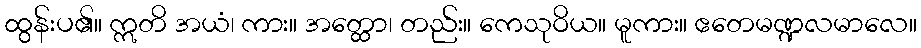
ထွန်းပ၏။ ဣတိ အယံ၊ ကား။ အတ္ထော၊ တည်း။ ကေသုဝိယ။ မူကား။ ဧတေမဏ္ဍလမာလေ။